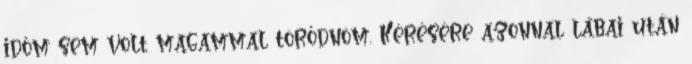
időm sem volt magammal törődnöm. Kérésére azonnal lábai után